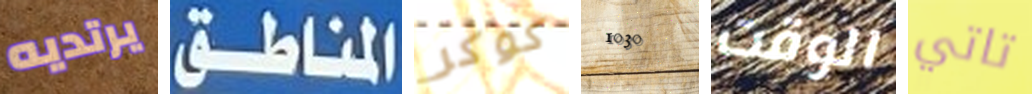
يرتديه المناطق كوكر 1030 الوقت تاتي